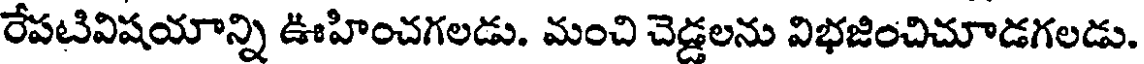
రేపటివిషయాన్ని ఊహించగలడు. మంచి చెడ్డలను విభజించిచూడగలడు.